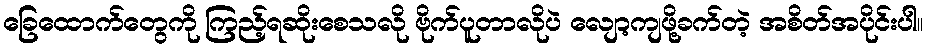
ခြေထောက်တွေကို ကြည့်ရဆိုးစေသလို ဗိုက်ပူတာလိုပဲ လျော့ကျဖို့ခက်တဲ့ အစိတ်အပိုင်းပါ။